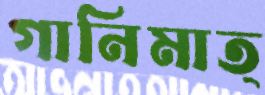
গানিমাত্